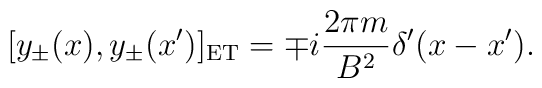
[ y_\pm(x), y_\pm(x')]_{\rm ET} = \mp i {2 \pi m \over B^2}\delta ' (x - x').